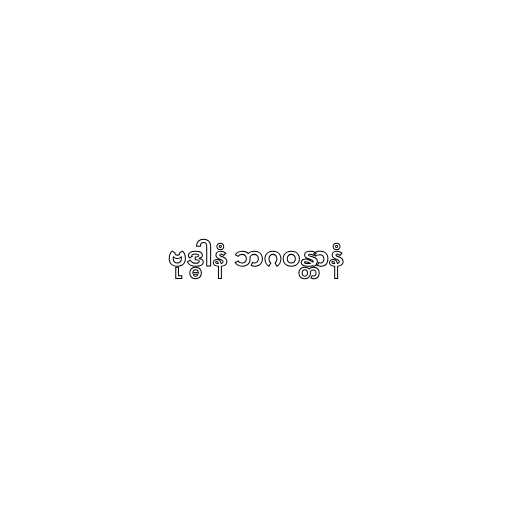
ဗုဒ္ဓါနံ ဘဂဝန္တာနံ